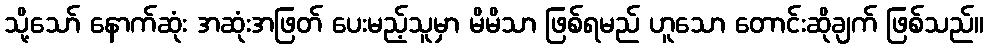
သို့သော် နောက်ဆုံး အဆုံးအဖြတ် ပေးမည့်သူမှာ မိမိသာ ဖြစ်ရမည် ဟူသော တောင်းဆိုချက် ဖြစ်သည်။